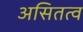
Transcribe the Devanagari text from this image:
असितत्व